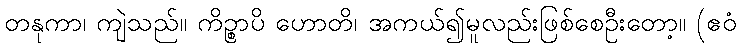
တနုကာ၊ ကျဲသည်။ ကိဉ္စာပိ ဟောတိ၊ အကယ်၍မူလည်းဖြစ်စေဦးတော့။ (ဧဝံ